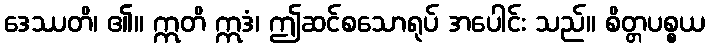
ဒေဿတိ၊ ၏။ ဣတိ ဣဒံ၊ ဤဆင်စသောရုပ် အပေါင်း သည်။ စိတ္တပစ္စယ